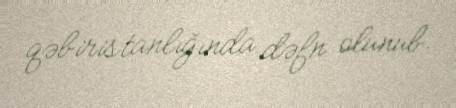
qəbiristanlığında dəfn olunub.